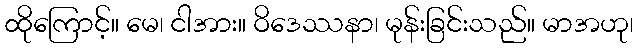
ထိုကြောင့်။ မေ၊ ငါအား။ ဝိဒေဿနာ၊ မုန်းခြင်းသည်။ မာအဟု၊